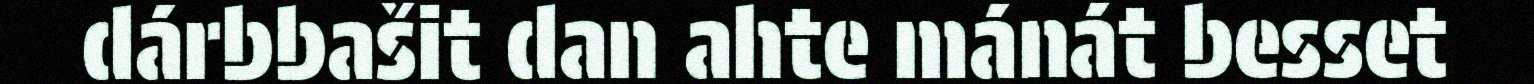
dárbbašit dan ahte mánát besset